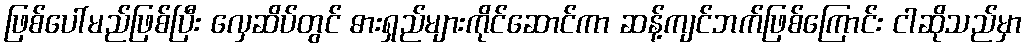
ဖြစ်ပေါ်မည်ဖြစ်ပြီး လှေဆိပ်တွင် ဓားရှည်များကိုင်ဆောင်ကာ ဆန့်ကျင်ဘက်ဖြစ်ကြောင်း ငါဆိုသည်မှာ